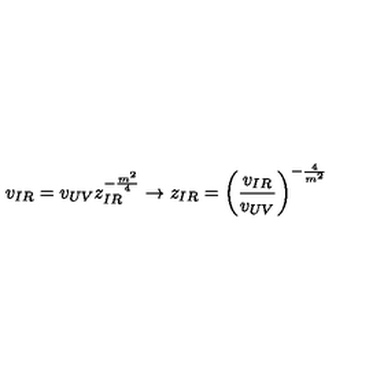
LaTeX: v _ { I R } = v _ { U V } z _ { I R } ^ { - \frac { m ^ { 2 } } { 4 } } \to z _ { I R } = \left( \frac { v _ { I R } } { v _ { U V } } \right) ^ { - \frac { 4 } { m ^ { 2 } } }